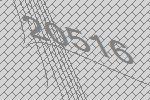
20516